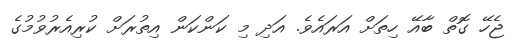
ޖެހޭ ގޮތް ބާއޭ ހިތަށް އަރައެވެ. އަދި މި ކަންކަން އިތުރަށް ކުރިއެރުވުމުގެ